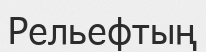
Рельефтың